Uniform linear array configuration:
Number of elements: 64
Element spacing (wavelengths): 1
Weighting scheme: hann
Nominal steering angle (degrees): -30
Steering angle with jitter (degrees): -31.621
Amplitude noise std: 0.05
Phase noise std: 0.05

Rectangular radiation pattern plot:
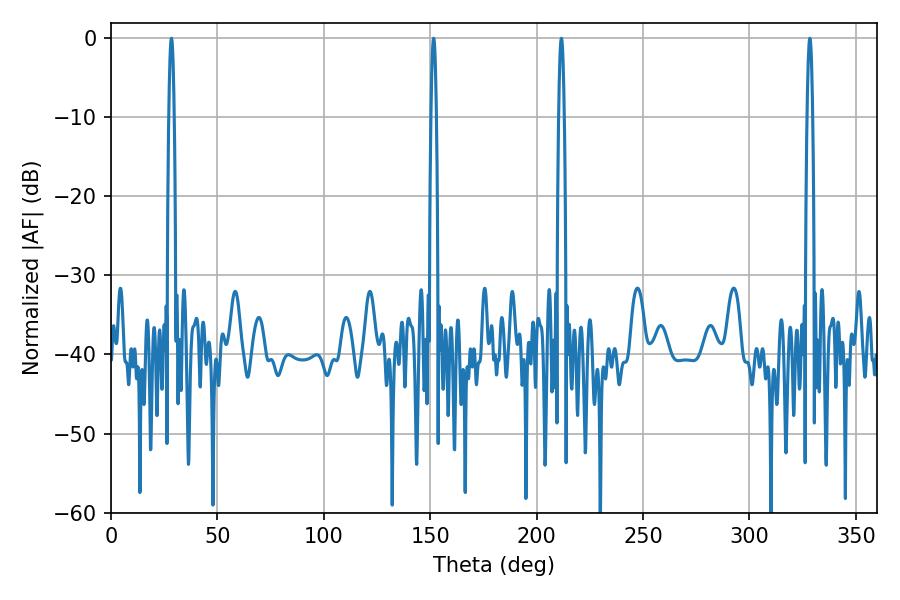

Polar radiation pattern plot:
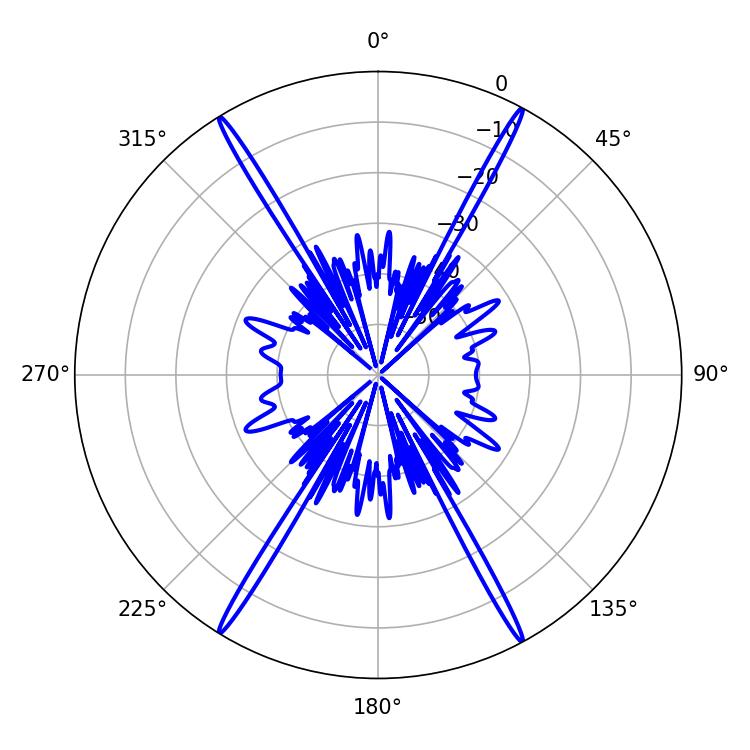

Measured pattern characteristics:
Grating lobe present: TRUE
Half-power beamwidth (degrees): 1.26
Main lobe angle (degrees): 151.56